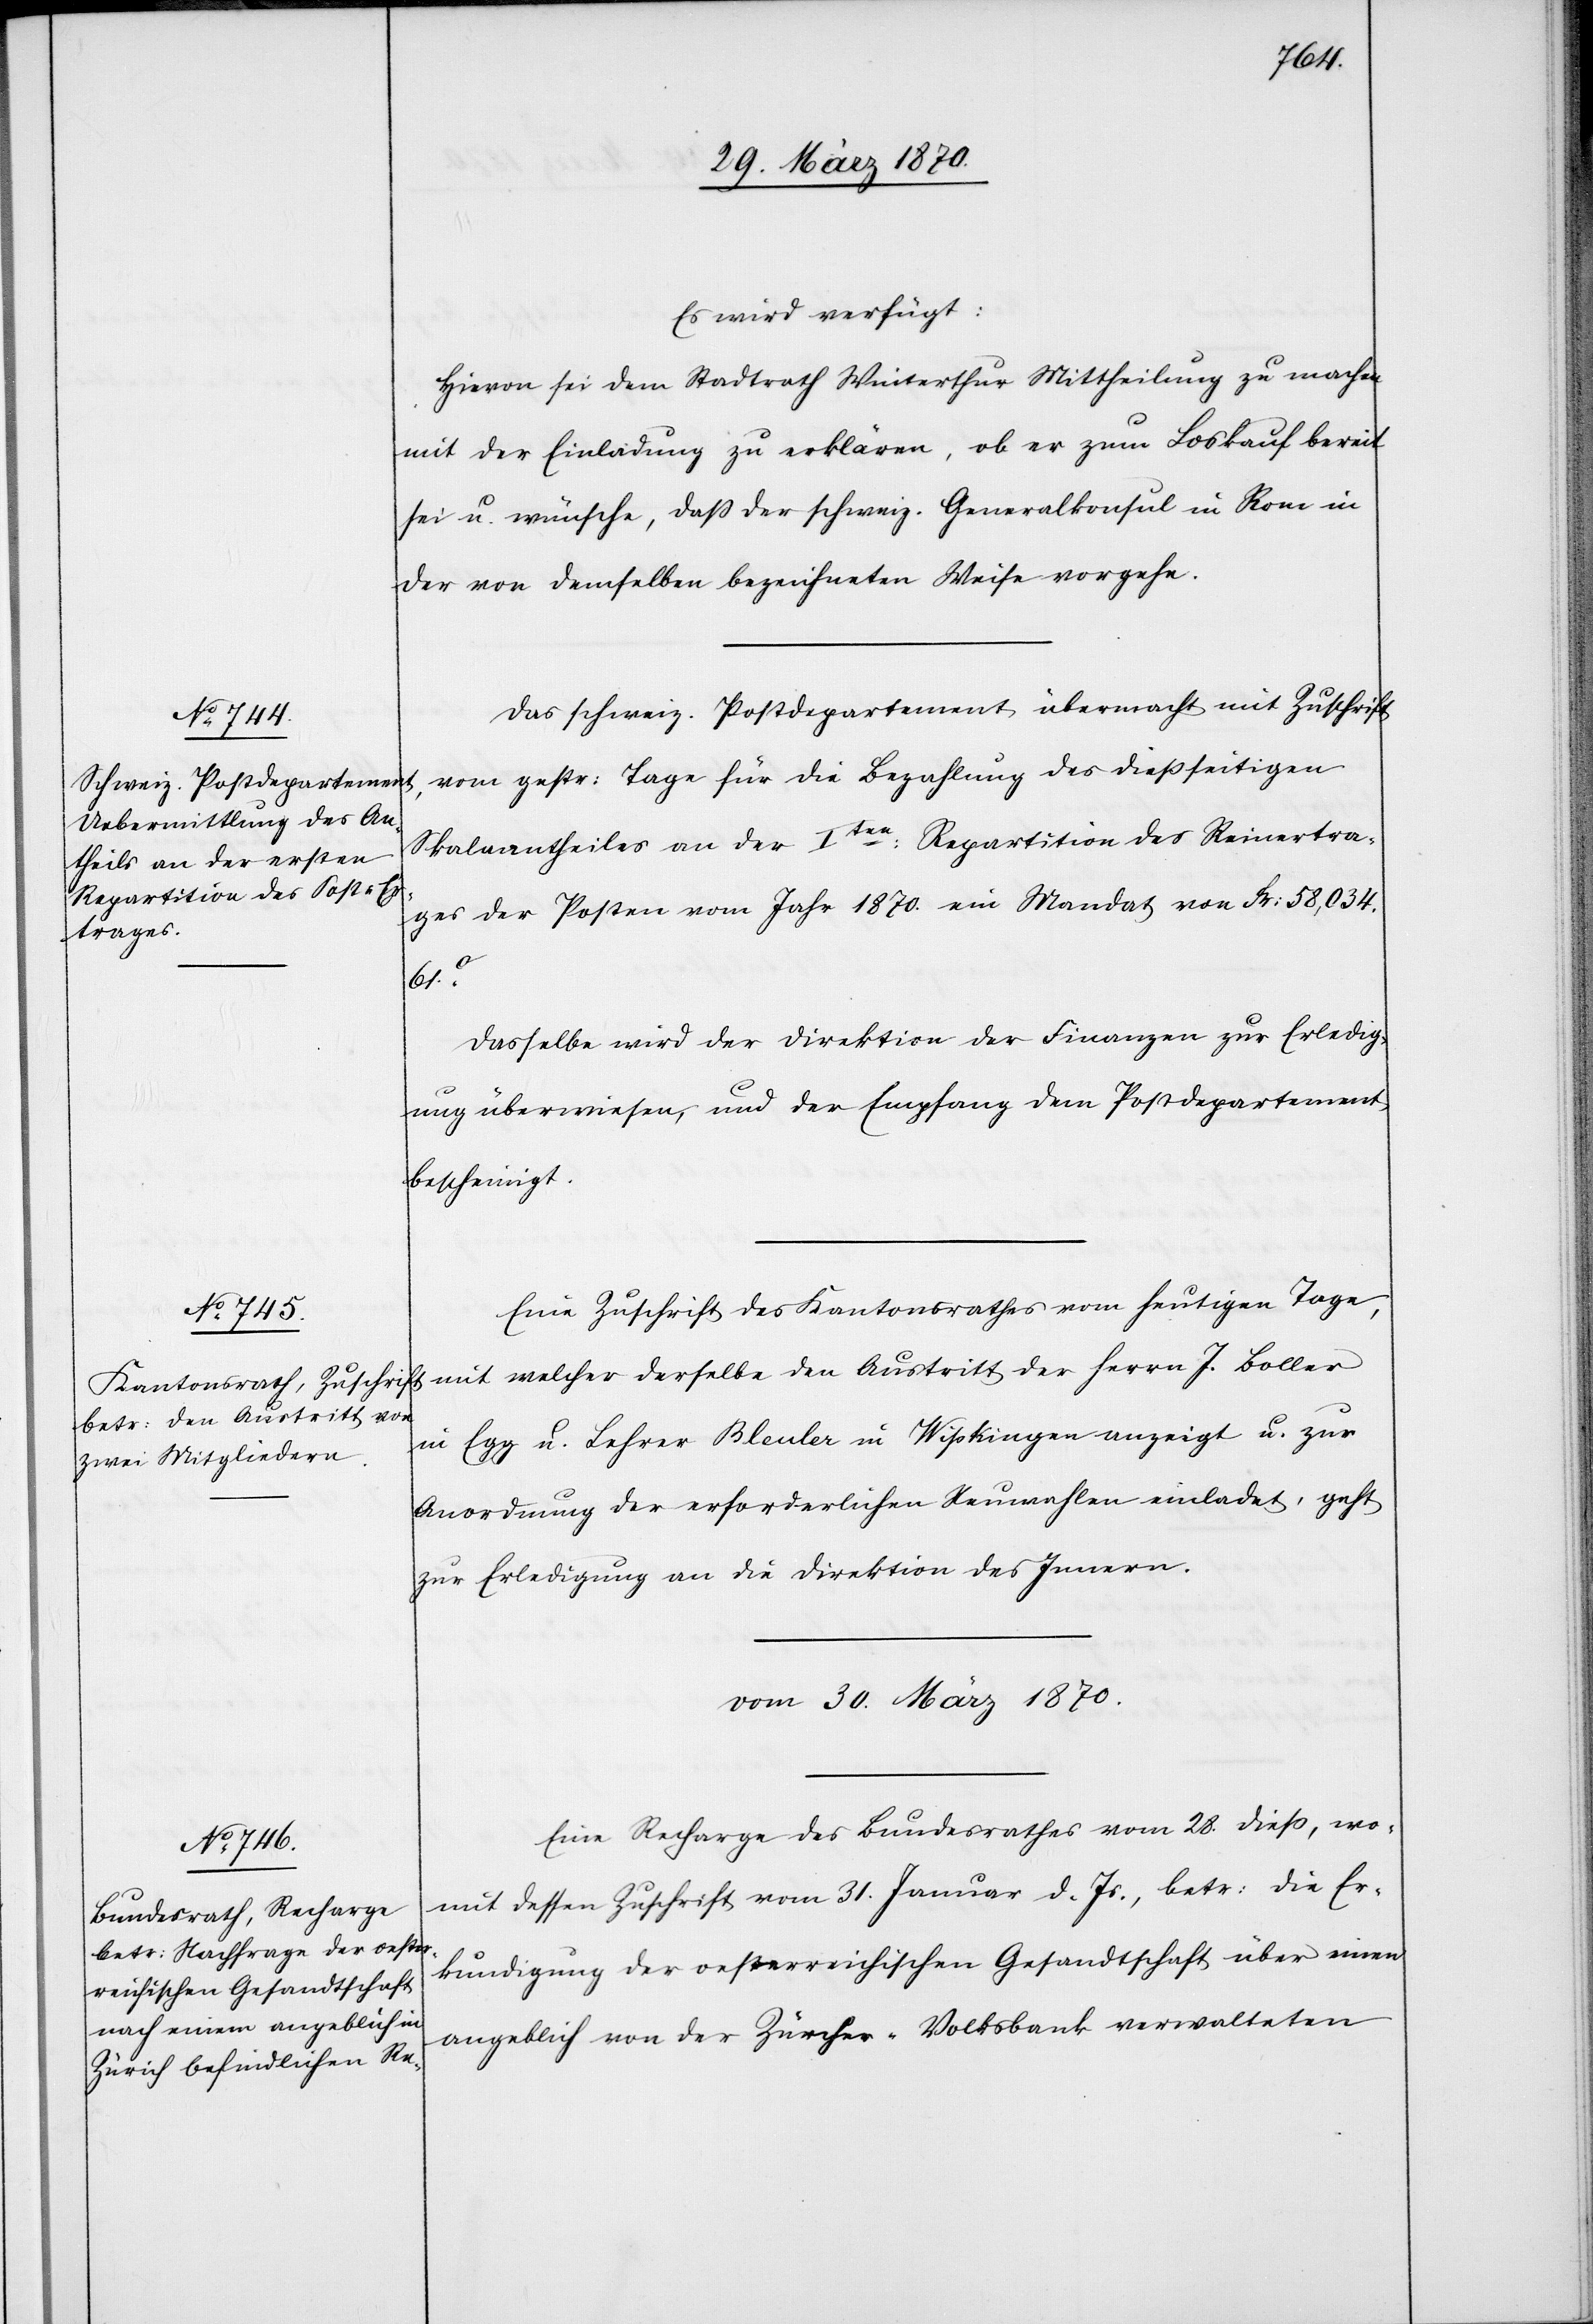
29. März 1870.]
Es wird verfügt:
Hievon sei dem Stadtrath Winterthur Mittheilung zu machen
mit der Einladung zu erklären, ob er zum Loskauf bereit
sei u. wünsche, daß der schweiz. Generalkonsul in Rom in
der von demselben bezeichneten Weise vorgehe.
Das schweiz. Postdepartement übermacht mit Zuschrift
vom gestr: Tage für die Bezahlung des dießseitigen
Skalaantheiles an der Iten: Repartition des Reinertra¬
ges der Posten vom Jahr 1870. ein Mandat von Fr: 58,034.
61c.
Dasselbe wird der Direktion der Finanzen zur Erledig¬
ung überwiesen, und der Empfang dem Postdepartement
bescheinigt.
Eine Zuschrift des Kantonsrathes vom heutigen Tage,
mit welcher derselbe den Austritt der Herrn J. Boller
in Egg u. Lehrer Bleuler in Wipkingen anzeigt u. zur
Anordnung der erforderlichen Neuwahlen einladet, geht
zur Erledigung an die Direktion des Innern.
vom 30. März 1870.
Eine Recharge des Bundesrathes vom 28. dieß, wo¬
mit dessen Zuschrift vom 31. Januar d. Js., betr: die Er¬
kundigung der oesterreichischen Gesandtschaft über einen
angeblich von der Zürcher-Volksbank verwalteten